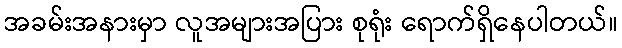
အခမ်းအနားမှာ လူအများအပြား စုရုံး ရောက်ရှိနေပါတယ်။